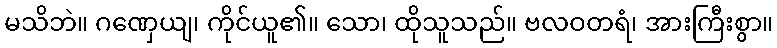
မသိဘဲ။ ဂဏှေယျ၊ ကိုင်ယူ၏။ သော၊ ထိုသူသည်။ ဗလဝတရံ၊ အားကြီးစွာ။